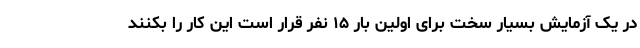
در یک آزمایش بسیار سخت برای اولین بار ۱۵ نفر قرار است این کار را بکنند